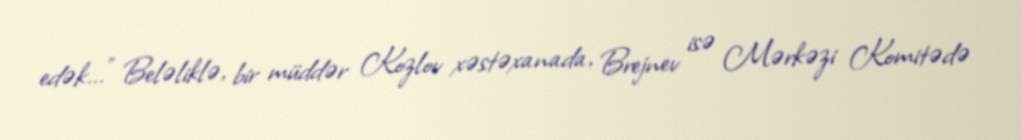
edək...” Beləliklə, bir müddər Kozlov xəstəxanada, Brejnev isə Mərkəzi Komitədə